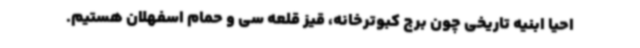
احیا ابنیه تاریخی چون برج کبوترخانه، قیز قلعه سی و حمام اسفهلان هستیم.